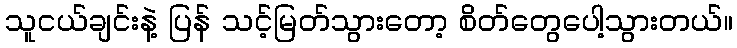
သူငယ်ချင်းနဲ့ ပြန် သင့်မြတ်သွားတော့ စိတ်တွေပေါ့သွားတယ်။